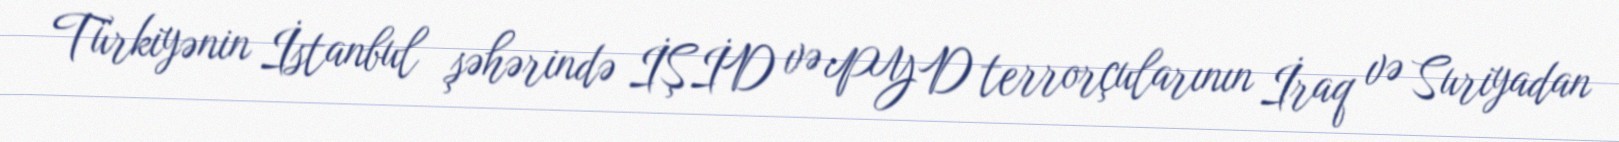
Türkiyənin İstanbul şəhərində İŞİD və PYD terrorçularının İraq və Suriyadan